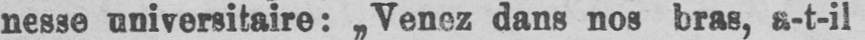
nesse universitaire: „Venez dans nos bras, a-t-il